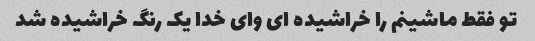
تو فقط ماشینم را خراشیده ای وای خدا یک رنگ خراشیده شد